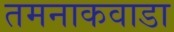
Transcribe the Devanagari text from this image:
तमनाकवाडा